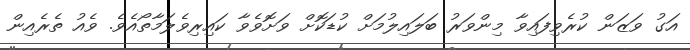
އަގު ވަޒަން ކުރެވިފައިވާ މިންވަރު ބަލައިލުމަށް ކުޑަކޮށް ވަށޮވެވާ ކައިރިވެލަމާތޯއެވެ. ވެއު ތެރެއިން